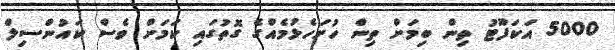
5000 އަކަފޫޓު ތިން ބިމަށް ތިން ހުށަހެޅުމެއްގެ ގޮތުގައި ކަމަށް ވެސް ކައުންސިލް